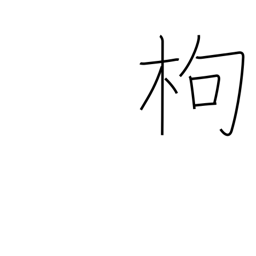
Meaning: quince tree